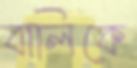
বালিকে